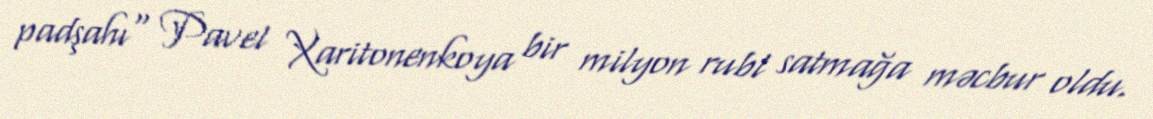
padşahı" Pavel Xaritonenkoya bir milyon rubl satmağa məcbur oldu.